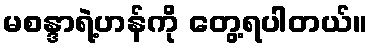
မစန္ဒာရဲ့ဟန်ကို တွေ့ရပါတယ်။